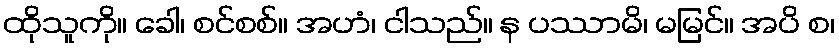
ထိုသူကို။ ခေါ၊ စင်စစ်။ အဟံ၊ ငါသည်။ န ပဿာမိ၊ မမြင်။ အပိ စ၊